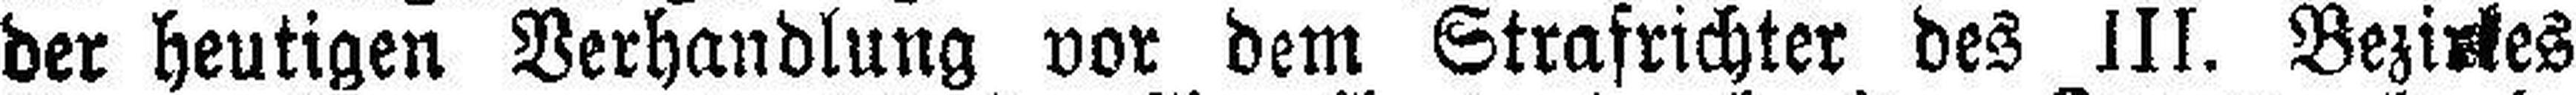
der heutigen Verhandlung vor dem Strafrichter des III. Bezirkes